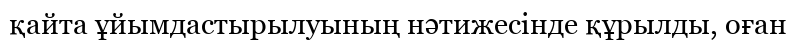
қайта ұйымдастырылуының нәтижесінде құрылды, оған